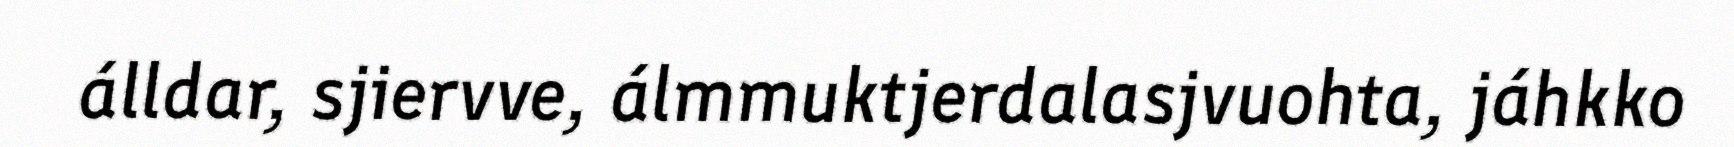
álldar, sjiervve, álmmuktjerdalasjvuohta, jáhkko